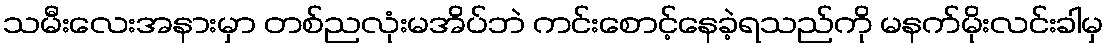
သမီးလေးအနားမှာ တစ်ညလုံးမအိပ်ဘဲ ကင်းစောင့်နေခဲ့ရသည်ကို မနက်မိုးလင်းခါမှ